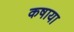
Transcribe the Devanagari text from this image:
कषाया